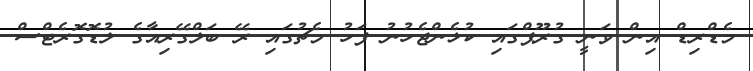
މެޑްރިޑް އިން ވަނީ ގުރޫޕްގައި ކުޅެންޖެހުނު ފަހު މެޗުގައި ރޭ ބަލްގޭރިއާގެ ލުޑޮގޮރެޓްސް